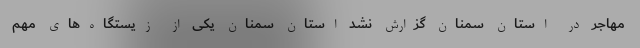
مهاجر در استان سمنان گزارش نشد استان سمنان یکی از زیستگاه‌های مهم